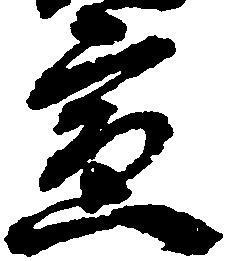
宣